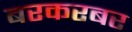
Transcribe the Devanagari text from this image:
बरकरबर